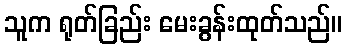
သူက ရုတ်ခြည်း မေးခွန်းထုတ်သည်။